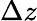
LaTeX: \Delta z